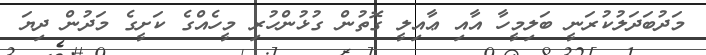
މަދުބަދަލުކުރަނީ ބަލިމީހާ އާއި ޢާއިލީ ގޮތުން ގުޅުންހުރި މީހެއްގެ ކަށީގެ މަދުން ދިޔަ